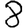
Digit: 8